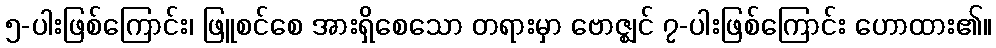
၅-ပါးဖြစ်ကြောင်း၊ ဖြူစင်စေ အားရှိစေသော တရားမှာ ဗောဇ္ဈင် ၇-ပါးဖြစ်ကြောင်း ဟောထား၏။